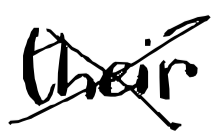
Text: their
Cross-out: cross
Writing tool: digital_black